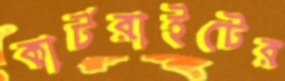
কার্টরাইটের